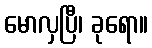
မောလှပြီ၊ ခုရော။